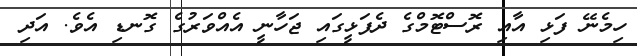
ހިމެނޭ ފަޅި އާއި ރޮސްޓޮމްގެ ދެފަޅީގައި ޖަހާނީ އެއްވަރުގެ ގޮނޑި އެވެ. އަދި